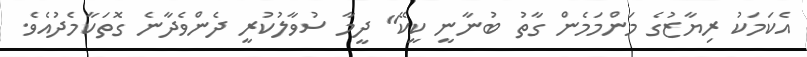
އެކަމަކު ރިޔާޒުގެ މަންމަމެން ގާތު ބުނާނީ ކީކޭ" ދީމާ ސުވާލުކުރީ ދެންވެދާނެ ގޮތަކާމެދުއެވެ.